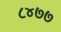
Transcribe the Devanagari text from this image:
८४७७